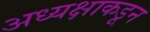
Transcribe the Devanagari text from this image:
अध्यक्षाकडून